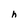
Character: h